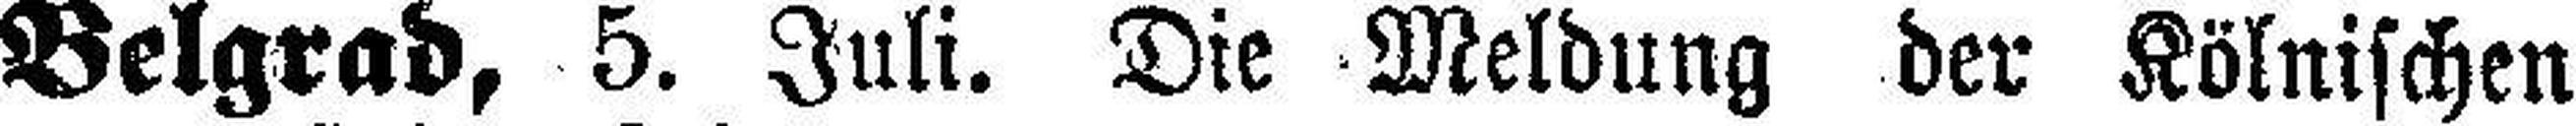
Belgrad, 5. Juli. Die Meldung der Kölnischen